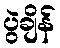
ပွဲချိန်